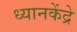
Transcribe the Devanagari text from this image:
ध्यानकेंद्रे